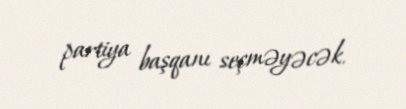
partiya başqanı seçməyəcək.